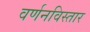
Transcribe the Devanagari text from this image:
वर्णनविस्तार